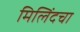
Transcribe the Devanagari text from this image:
मिलिंदचा